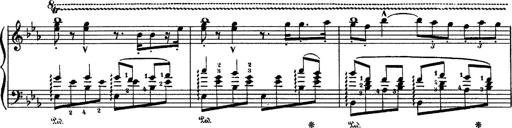
Title: Fantaisie sur des motifs favoris de l'opÃ©ra 'La sonnambula'
Composer: Franz Liszt